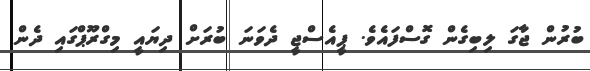
ބުރުން ޖާގަ ލިބިގެން ގޮސްފައެވެ. ޕީއެސްޖީ ދެވަނަ ބުރަށް ދިޔައީ މިގްރޫޕްގައި ދެން